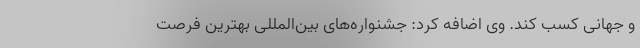
و جهانی کسب کند. وی اضافه کرد: جشنواره‌های بین‌المللی بهترین فرصت